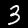
Label: 3